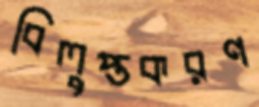
বিলুপ্তকরণ